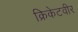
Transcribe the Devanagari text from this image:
क्रिकेटवीर